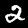
Digit: 2